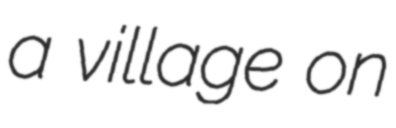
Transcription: a village on